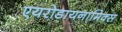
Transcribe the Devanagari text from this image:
एयरोडायनामिक्स